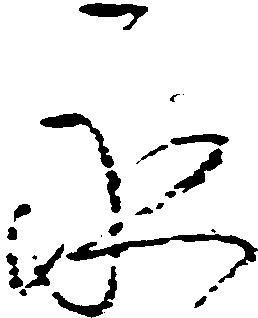
永